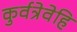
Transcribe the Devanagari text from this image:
कुर्वत्रेवेहि